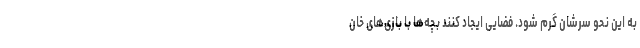
به این نحو سرشان گرم شود. فضایی ایجاد کنند بچه‌ها با بازی‌های خان